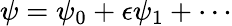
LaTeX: \psi=\psi_{0}+\epsilon\psi_{1}+\cdots